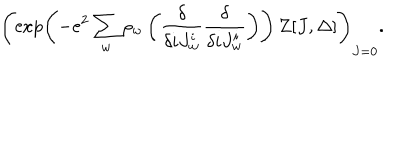
\left( \exp \left( - e ^ { 2 } \sum _ { w } \rho _ { w } \left( { \frac { \delta } { \delta i J _ { w } ^ { i } } } { \frac { \delta } { \delta i J _ { w } ^ { i } } } \right) \right) \, Z [ J , \Delta ] \right) _ { J = 0 } .